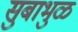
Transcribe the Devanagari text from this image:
सुबाभुळ